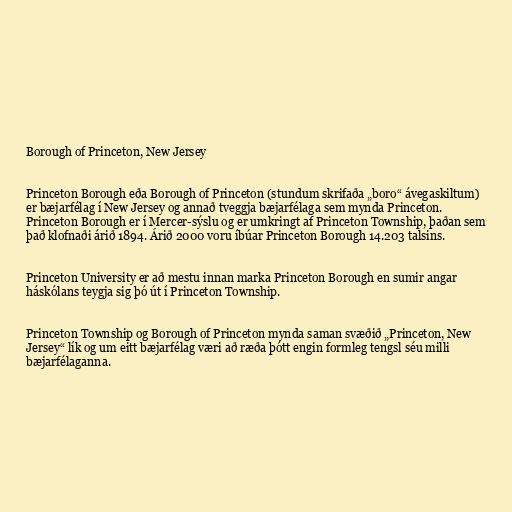
Borough of Princeton, New Jersey

Princeton Borough eða Borough of Princeton (stundum skrifaða „boro“ ávegaskiltum)
er bæjarfélag í New Jersey og annað tveggja bæjarfélaga sem mynda Princeton.
Princeton Borough er í Mercer-sýslu og er umkringt af Princeton Township, þaðan sem
það klofnaði árið 1894. Árið 2000 voru íbúar Princeton Borough 14.203 talsins.

Princeton University er að mestu innan marka Princeton Borough en sumir angar
háskólans teygja sig þó út í Princeton Township.

Princeton Township og Borough of Princeton mynda saman svæðið „Princeton, New
Jersey“ lík og um eitt bæjarfélag væri að ræða þótt engin formleg tengsl séu milli
bæjarfélaganna.